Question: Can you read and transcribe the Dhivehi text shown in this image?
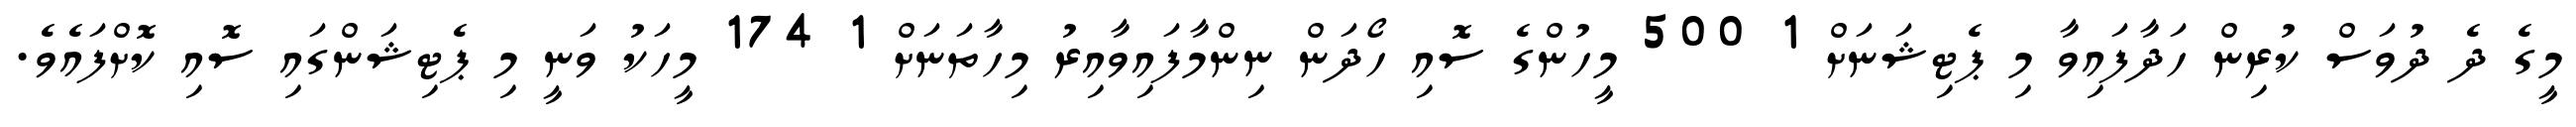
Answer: މީގެ ދެ ދުވަސް ކުރިން ހަދާފައިވާ މި ޕެޓިޝަނަށް 1 500 މީހުންގެ ސޮއި ހޯދަން ނިންމާފައިވާއިރު މިހާތަނަށް 1 174 މީހަކު ވަނީ މި ޕެޓިޝަންގައި ސޮއި ކޮށްފައެވެ.